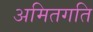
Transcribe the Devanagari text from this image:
अमितगति